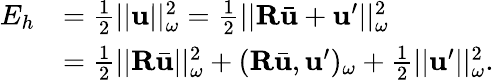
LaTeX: \begin{array}{rl}{E_{h}}&{=\frac{1}{2}||\mathbf{u}||_{\omega}^{2}=\frac{1}{2}||\mathbf{R}\bar{\mathbf{u}}+\mathbf{u}^{\prime}||_{\omega}^{2}}\\ &{=\frac{1}{2}||\mathbf{R}\bar{\mathbf{u}}||_{\omega}^{2}+(\mathbf{R}\bar{\mathbf{u}},\mathbf{u}^{\prime})_{\omega}+\frac{1}{2}||\mathbf{u}^{\prime}||_{\omega}^{2}.}\end{array}